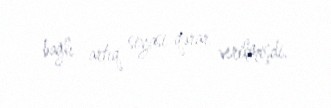
bağlı artıq siyasi qərar verilmişdi.